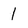
Character: 1